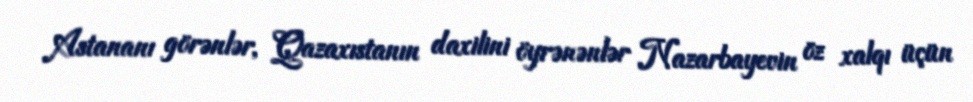
Astananı görənlər, Qazaxıstanın daxilini öyrənənlər Nazarbayevin öz xalqı üçün